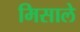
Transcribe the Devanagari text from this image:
मिसाले